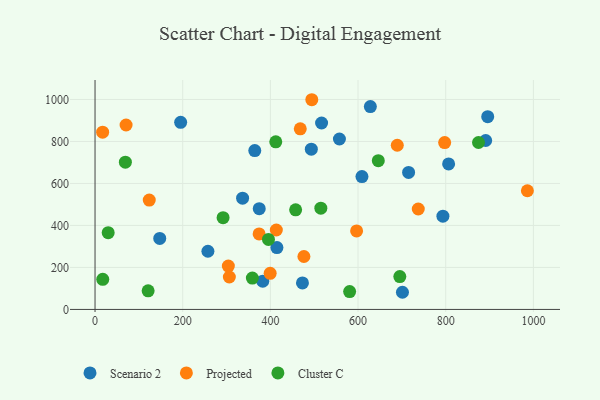
{"axis": {"x": "Experience", "y": "Salary"}, "legend": ["Cluster C", "Projected", "Scenario 2"], "data": [{"x": "195.3", "y": 891.1, "type": "Scenario 2"}, {"x": "493.4", "y": 763.4, "type": "Scenario 2"}, {"x": "557.5", "y": 811.7, "type": "Scenario 2"}, {"x": "628.1", "y": 966.3, "type": "Scenario 2"}, {"x": "374.6", "y": 480.0, "type": "Scenario 2"}, {"x": "608.9", "y": 632.8, "type": "Scenario 2"}, {"x": "473.2", "y": 126.0, "type": "Scenario 2"}, {"x": "701.3", "y": 81.7, "type": "Scenario 2"}, {"x": "715.3", "y": 652.6, "type": "Scenario 2"}, {"x": "382.6", "y": 134.5, "type": "Scenario 2"}, {"x": "895.8", "y": 918.0, "type": "Scenario 2"}, {"x": "336.6", "y": 530.0, "type": "Scenario 2"}, {"x": "364.4", "y": 756.7, "type": "Scenario 2"}, {"x": "516.8", "y": 887.9, "type": "Scenario 2"}, {"x": "257.5", "y": 277.1, "type": "Scenario 2"}, {"x": "147.6", "y": 338.1, "type": "Scenario 2"}, {"x": "891.2", "y": 804.6, "type": "Scenario 2"}, {"x": "414.9", "y": 294.7, "type": "Scenario 2"}, {"x": "806.6", "y": 692.8, "type": "Scenario 2"}, {"x": "793.6", "y": 444.3, "type": "Scenario 2"}, {"x": "304.1", "y": 206.7, "type": "Projected"}, {"x": "374.3", "y": 359.7, "type": "Projected"}, {"x": "306.4", "y": 154.4, "type": "Projected"}, {"x": "468.2", "y": 860.1, "type": "Projected"}, {"x": "413.6", "y": 378.4, "type": "Projected"}, {"x": "689.5", "y": 781.9, "type": "Projected"}, {"x": "399.5", "y": 172.0, "type": "Projected"}, {"x": "797.6", "y": 794.6, "type": "Projected"}, {"x": "986.3", "y": 565.3, "type": "Projected"}, {"x": "494.5", "y": 998.8, "type": "Projected"}, {"x": "596.7", "y": 373.7, "type": "Projected"}, {"x": "17.3", "y": 844.3, "type": "Projected"}, {"x": "476.5", "y": 252.0, "type": "Projected"}, {"x": "70.8", "y": 878.5, "type": "Projected"}, {"x": "123.7", "y": 520.8, "type": "Projected"}, {"x": "737.4", "y": 478.4, "type": "Projected"}, {"x": "646.2", "y": 708.7, "type": "Cluster C"}, {"x": "412.3", "y": 798.5, "type": "Cluster C"}, {"x": "292.1", "y": 436.9, "type": "Cluster C"}, {"x": "874.8", "y": 795.0, "type": "Cluster C"}, {"x": "30.0", "y": 365.6, "type": "Cluster C"}, {"x": "69.2", "y": 701.2, "type": "Cluster C"}, {"x": "17.6", "y": 143.4, "type": "Cluster C"}, {"x": "457.6", "y": 474.3, "type": "Cluster C"}, {"x": "515.1", "y": 482.2, "type": "Cluster C"}, {"x": "121.1", "y": 88.7, "type": "Cluster C"}, {"x": "695.3", "y": 156.5, "type": "Cluster C"}, {"x": "580.8", "y": 84.9, "type": "Cluster C"}, {"x": "358.9", "y": 149.4, "type": "Cluster C"}, {"x": "395.6", "y": 333.5, "type": "Cluster C"}]}